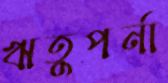
ঋতুপর্না